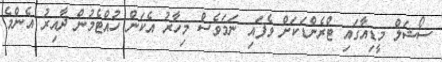
ސޯޝަލް މީޑިއާގައި ޓްރެންޑަކަށް ވެފައި ނަމަވެސް މިހާރު އެކަން ހުއްޓެމުން ދާއިރު އެންމެ